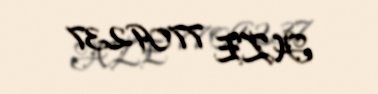
AZE 7709237